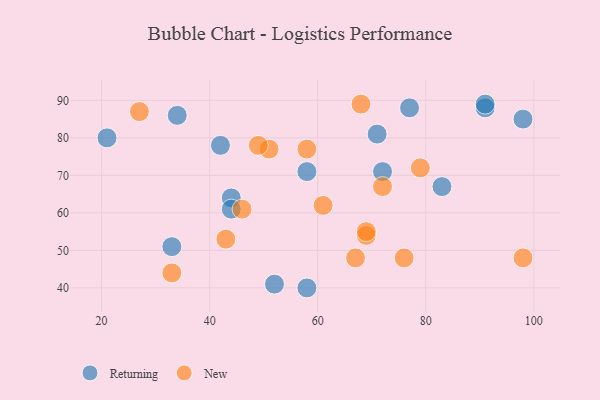
{"axis": {"x": "GDP", "y": "Life Expectancy"}, "legend": ["New", "Returning"], "data": [{"x": "91", "y": 88, "type": "Returning"}, {"x": "77", "y": 88, "type": "Returning"}, {"x": "71", "y": 81, "type": "Returning"}, {"x": "72", "y": 71, "type": "Returning"}, {"x": "58", "y": 40, "type": "Returning"}, {"x": "52", "y": 41, "type": "Returning"}, {"x": "33", "y": 51, "type": "Returning"}, {"x": "44", "y": 64, "type": "Returning"}, {"x": "21", "y": 80, "type": "Returning"}, {"x": "34", "y": 86, "type": "Returning"}, {"x": "42", "y": 78, "type": "Returning"}, {"x": "44", "y": 61, "type": "Returning"}, {"x": "83", "y": 67, "type": "Returning"}, {"x": "91", "y": 89, "type": "Returning"}, {"x": "98", "y": 85, "type": "Returning"}, {"x": "58", "y": 71, "type": "Returning"}, {"x": "98", "y": 48, "type": "New"}, {"x": "67", "y": 48, "type": "New"}, {"x": "43", "y": 53, "type": "New"}, {"x": "79", "y": 72, "type": "New"}, {"x": "58", "y": 77, "type": "New"}, {"x": "69", "y": 54, "type": "New"}, {"x": "33", "y": 44, "type": "New"}, {"x": "61", "y": 62, "type": "New"}, {"x": "68", "y": 89, "type": "New"}, {"x": "51", "y": 77, "type": "New"}, {"x": "27", "y": 87, "type": "New"}, {"x": "49", "y": 78, "type": "New"}, {"x": "72", "y": 67, "type": "New"}, {"x": "69", "y": 55, "type": "New"}, {"x": "76", "y": 48, "type": "New"}, {"x": "46", "y": 61, "type": "New"}]}